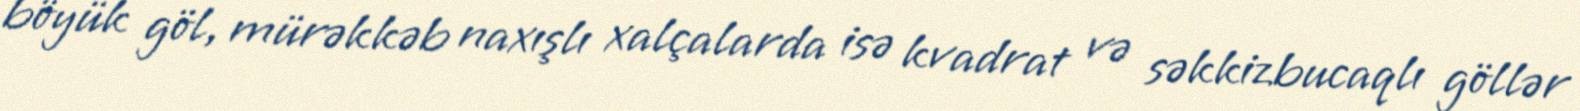
böyük göl, mürəkkəb naxışlı xalçalarda isə kvadrat və səkkizbucaqlı göllər